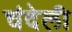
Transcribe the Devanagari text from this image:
चंदेली